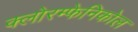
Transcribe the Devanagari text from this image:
क्लोरम्फेनिकोल